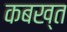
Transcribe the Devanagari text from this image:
कबख्त